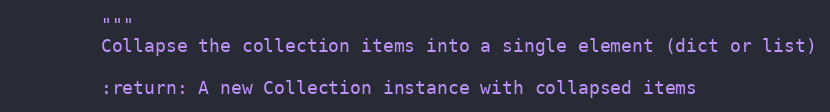
Language: Python
        """
        Collapse the collection items into a single element (dict or list)

        :return: A new Collection instance with collapsed items